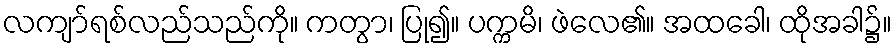
လကျာ်ရစ်လည်သည်ကို။ ကတွာ၊ ပြု၍။ ပက္ကမိ၊ ဖဲလေ၏။ အထခေါ၊ ထိုအခါ၌။